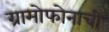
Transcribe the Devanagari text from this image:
ग्रामोफोनाची